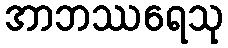
အာဘဿရေသု